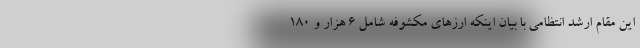
این مقام ارشد انتظامی با بیان اینکه ارزهای مکشوفه شامل ۶ هزار و ۱۸۰